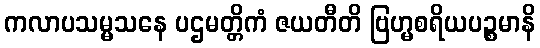
ကလာပသမ္မသနေ ပဌမတ္တိကံ ဇယတီတိ ဗြဟ္မစရိယပဉ္စမာနိ